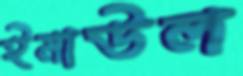
ইমাউল